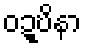
ဝဍ္ဎိနာ